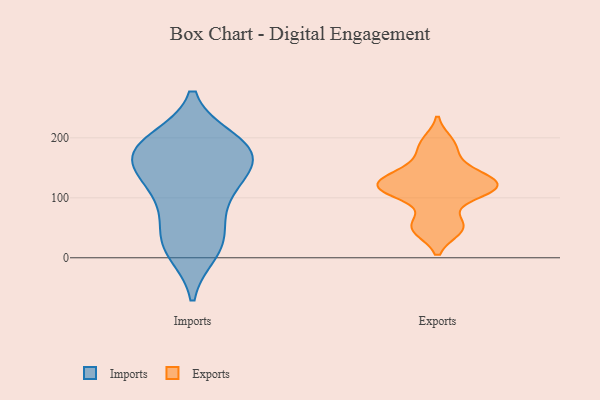
{"axis": {"x": "Revenue (USD Million)", "y": "Value"}, "legend": ["Exports", "Imports"], "data": [{"x": "", "y": 105, "type": "Imports"}, {"x": "", "y": 195, "type": "Imports"}, {"x": "", "y": 183, "type": "Imports"}, {"x": "", "y": 95, "type": "Imports"}, {"x": "", "y": 24, "type": "Imports"}, {"x": "", "y": 122, "type": "Imports"}, {"x": "", "y": 174, "type": "Imports"}, {"x": "", "y": 168, "type": "Imports"}, {"x": "", "y": 48, "type": "Imports"}, {"x": "", "y": 152, "type": "Imports"}, {"x": "", "y": 176, "type": "Imports"}, {"x": "", "y": 151, "type": "Imports"}, {"x": "", "y": 194, "type": "Imports"}, {"x": "", "y": 22, "type": "Imports"}, {"x": "", "y": 11, "type": "Imports"}, {"x": "", "y": 121, "type": "Exports"}, {"x": "", "y": 192, "type": "Exports"}, {"x": "", "y": 48, "type": "Exports"}, {"x": "", "y": 181, "type": "Exports"}, {"x": "", "y": 117, "type": "Exports"}, {"x": "", "y": 143, "type": "Exports"}, {"x": "", "y": 142, "type": "Exports"}, {"x": "", "y": 111, "type": "Exports"}, {"x": "", "y": 115, "type": "Exports"}, {"x": "", "y": 114, "type": "Exports"}, {"x": "", "y": 53, "type": "Exports"}, {"x": "", "y": 123, "type": "Exports"}, {"x": "", "y": 53, "type": "Exports"}]}